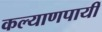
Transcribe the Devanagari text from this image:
कल्याणपायीं